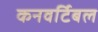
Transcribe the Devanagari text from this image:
कनवर्टिबल